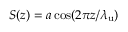
S ( z ) = a \cos ( 2 \pi z / { \lambda _ { \mathrm { u } } } )